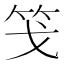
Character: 䇝